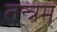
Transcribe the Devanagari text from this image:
तन्त्रम्